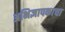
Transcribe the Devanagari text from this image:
अभिज्ञापकाचा